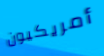
أمريكيون